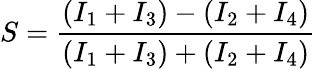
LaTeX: S=\frac{(I_{1}+I_{3})-(I_{2}+I_{4})}{(I_{1}+I_{3})+(I_{2}+I_{4})}